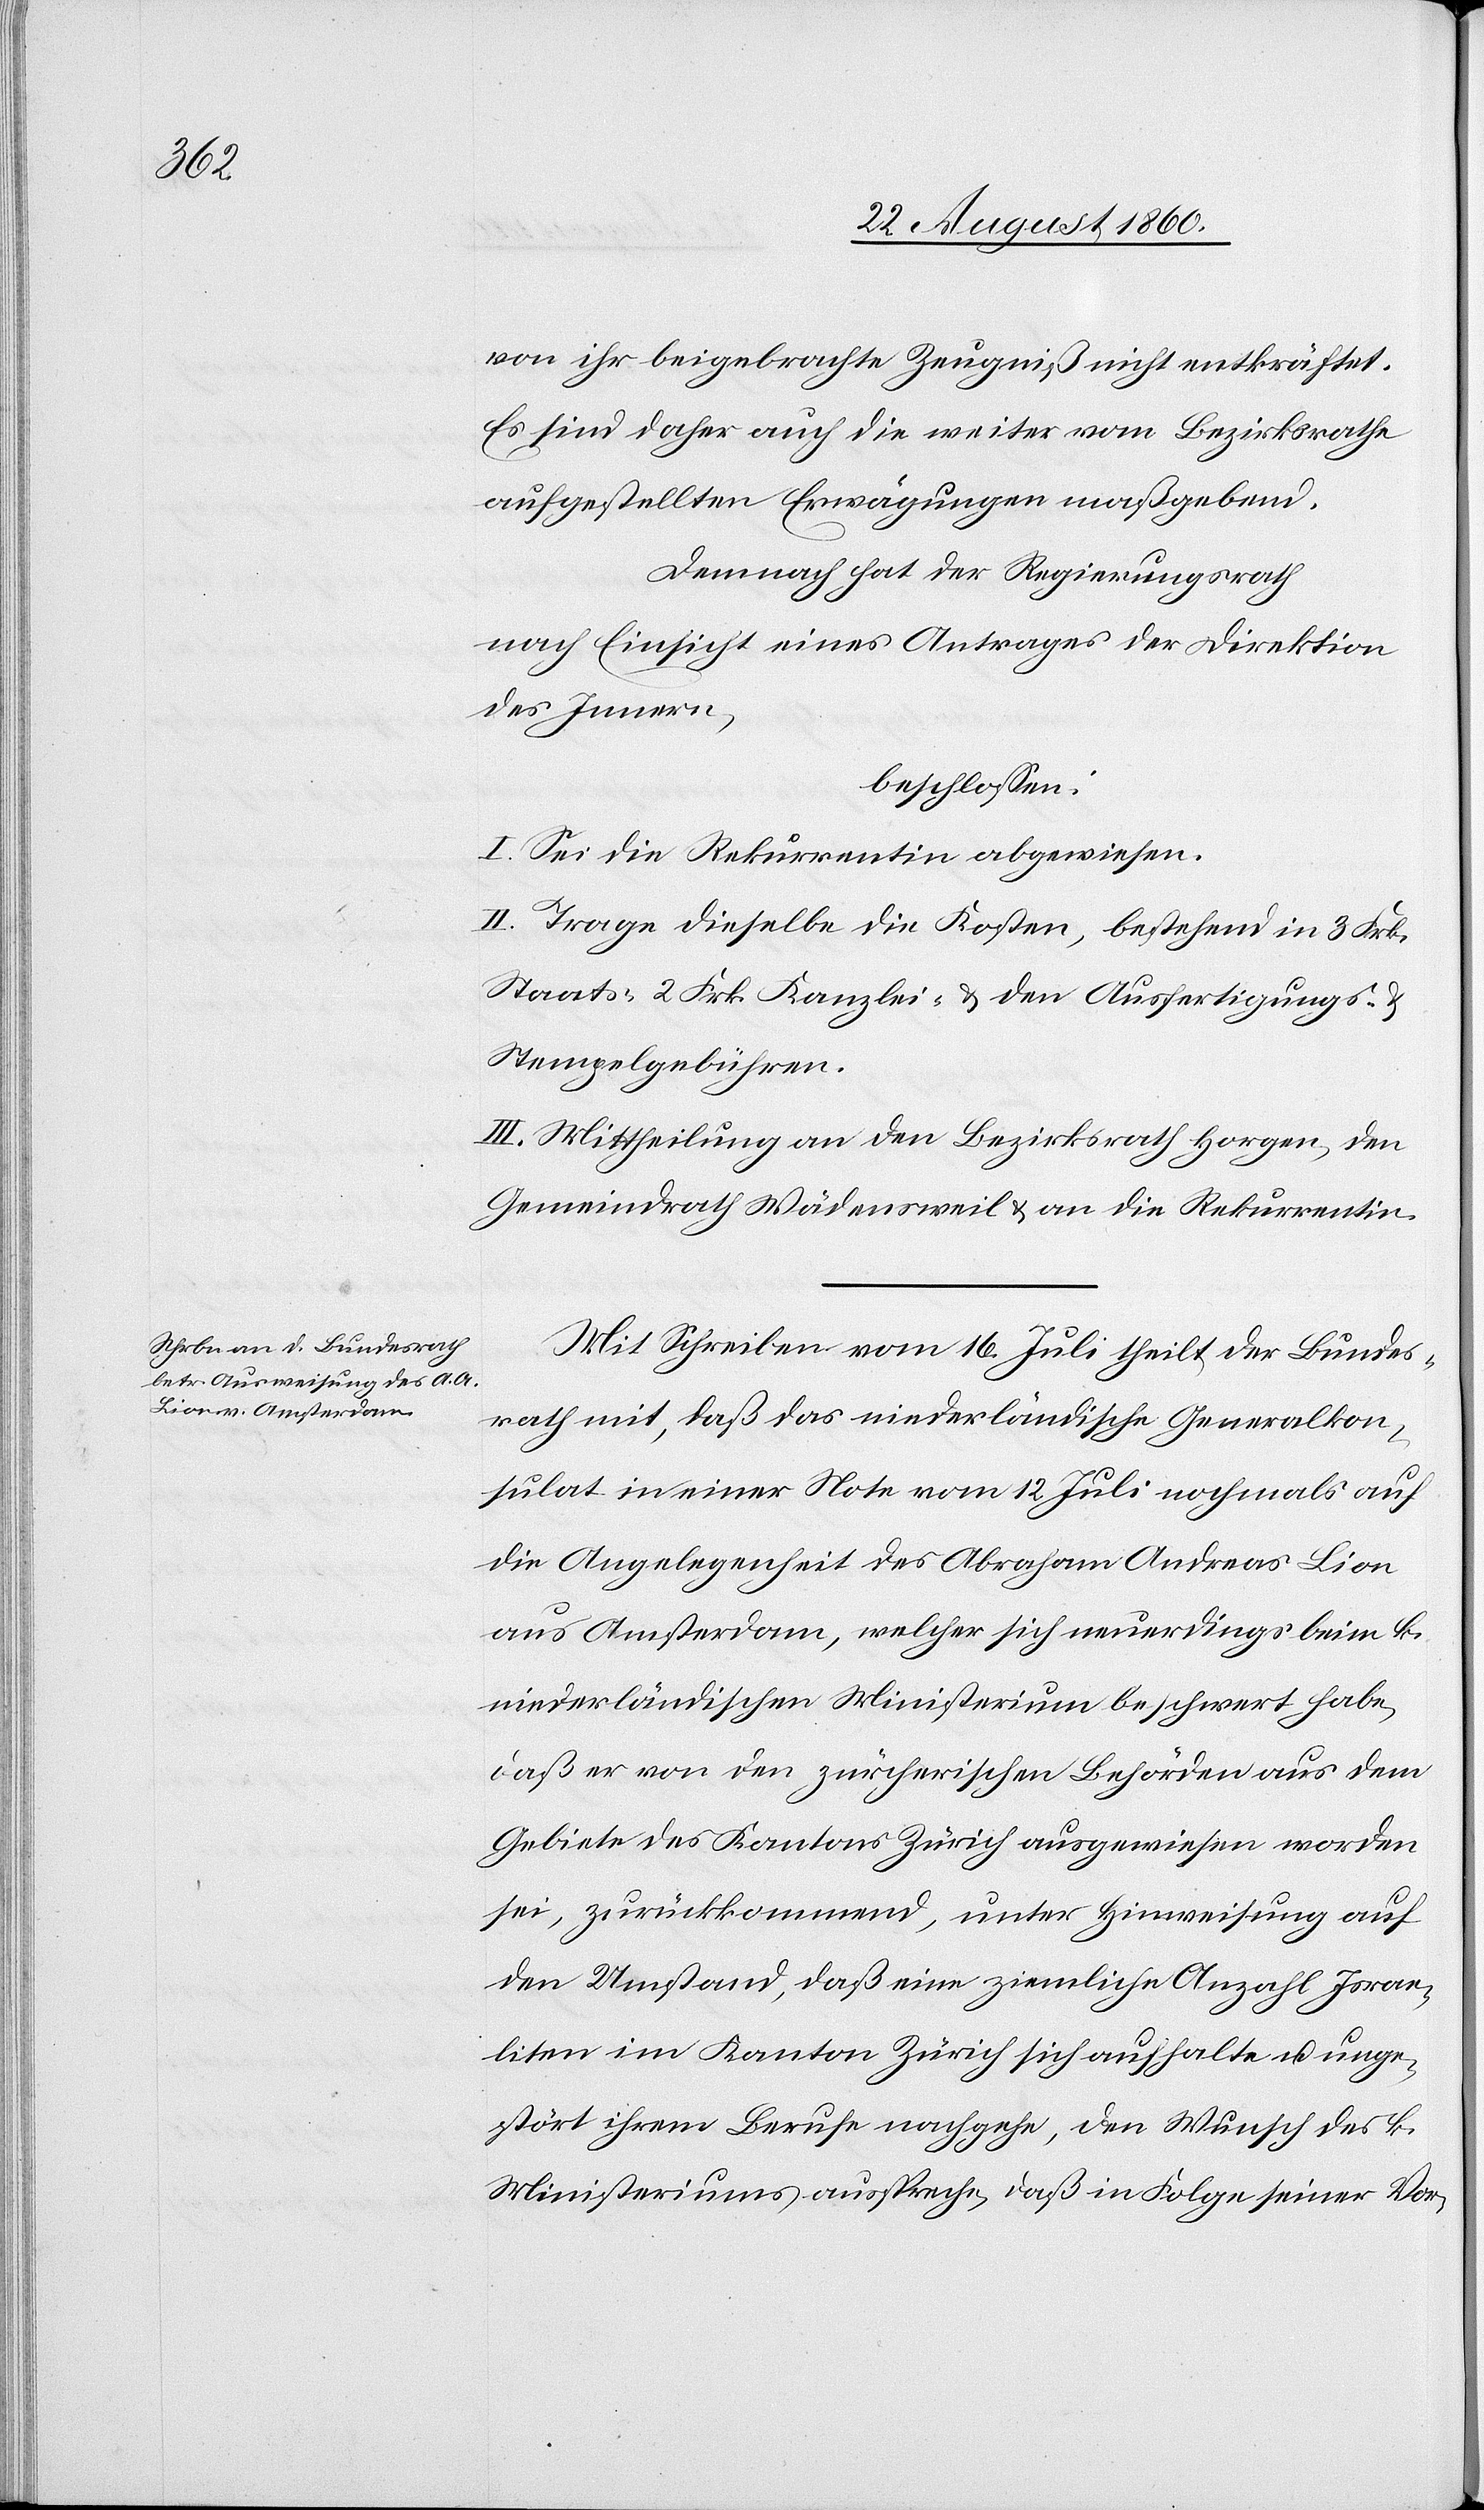
von ihr beigebrachte Zeugniss nicht entkräftet.
Es sind daher auch die weiter vom Bezirksrath
aufgestellten Erwägungen massgebend.
Demnach hat der Regierungsrath,
nach Einsicht eines Antrages der Direktion
des Innern,
beschlossen.
I. Sei die Rekurrentin abgewiesen.
II. Tragen dieselbe die Kosten, bestehend in fcs.
Staats- fcs. 2 Kanzlei- u. den Ausfertigungs- u.
Stempelgebühren.
III. Mittheilung an den Bezirksrath Horgen, den
Gemeindrath Wädensweil u. an die Rekurrentin.
Mit Schreiben vom 16. Juli theilt der Bundes¬
rath mit, dass das niederländische Generalkon¬
sulat in einer Note vom 12. Juli nochmals auf
die Angelegenheit des Abraham Andreas Lion
aus Amsterdam, welcher sich neuerdings beim k.
niederländischen Ministerium beschwert habe,
dass er von den Zürcherischen Behörden aus dem
Gebiete des Kantons Zürich ausgewiesen worden
sei, zurückkommend, unter Hinweisung auf
den Umstand, dass eine ziemliche Anzahl Israe¬
liten im Kanton Zürich sich aufhalte und unge¬
stört ihrem Berufe nachgehe, den Wunsch des k.
Ministeriums ausspreche, dass in Folge seiner Vor-